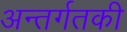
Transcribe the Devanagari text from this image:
अन्तर्गतकी